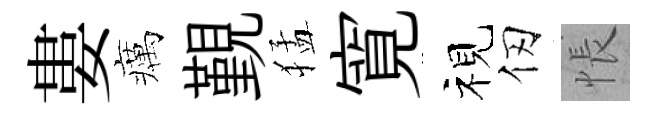
婁癘覲猛寛视仞悵